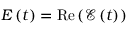
E \left( t \right) = \mathrm { R e } \left( \mathcal { E } \left( t \right) \right)